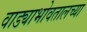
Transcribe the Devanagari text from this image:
वाड्याभोवतालच्या